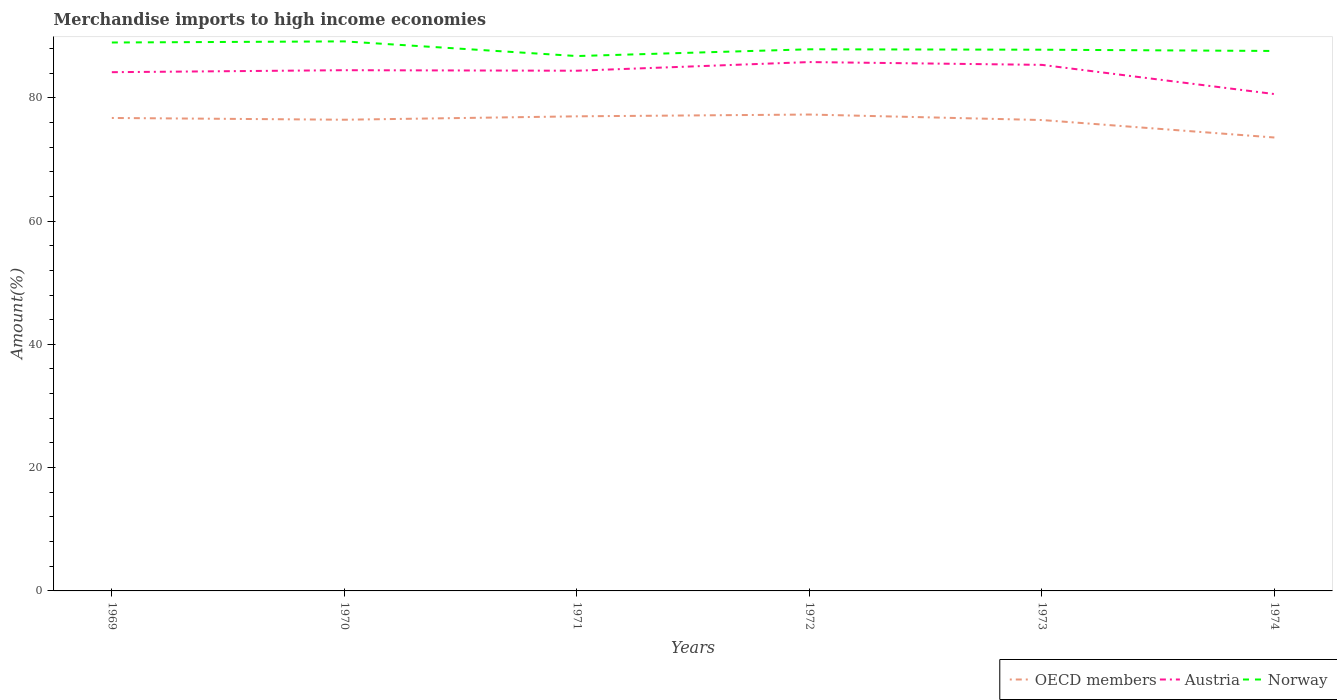
| Years | OECD members | Austria | Norway |
 | --- | --- | --- | --- |
 | 1969 | 76.7 | 84.1 | 89 |
 | 1970 | 76.4 | 84.5 | 89.1 |
 | 1971 | 77 | 84.4 | 86.8 |
 | 1972 | 77.3 | 85.8 | 87.9 |
 | 1973 | 76.4 | 85.3 | 87.8 |
 | 1974 | 73.6 | 80.6 | 87.6 |